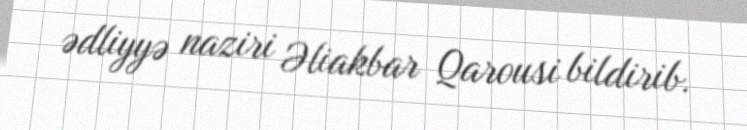
ədliyyə naziri Əliakbar Qarousi bildirib.